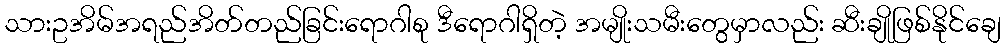
သားဥအိမ်အရည်အိတ်တည်ခြင်းရောဂါစု ဒီရောဂါရှိတဲ့ အမျိုးသမီးတွေမှာလည်း ဆီးချိုဖြစ်နိုင်ချေ